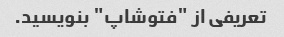
تعریفی از "فتوشاپ" بنویسید.